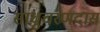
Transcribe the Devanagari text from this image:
साधुचरणदास